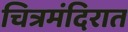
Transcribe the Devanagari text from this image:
चित्रमंदिरात